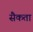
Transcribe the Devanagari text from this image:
सैकता